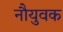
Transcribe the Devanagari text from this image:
नौयुवक